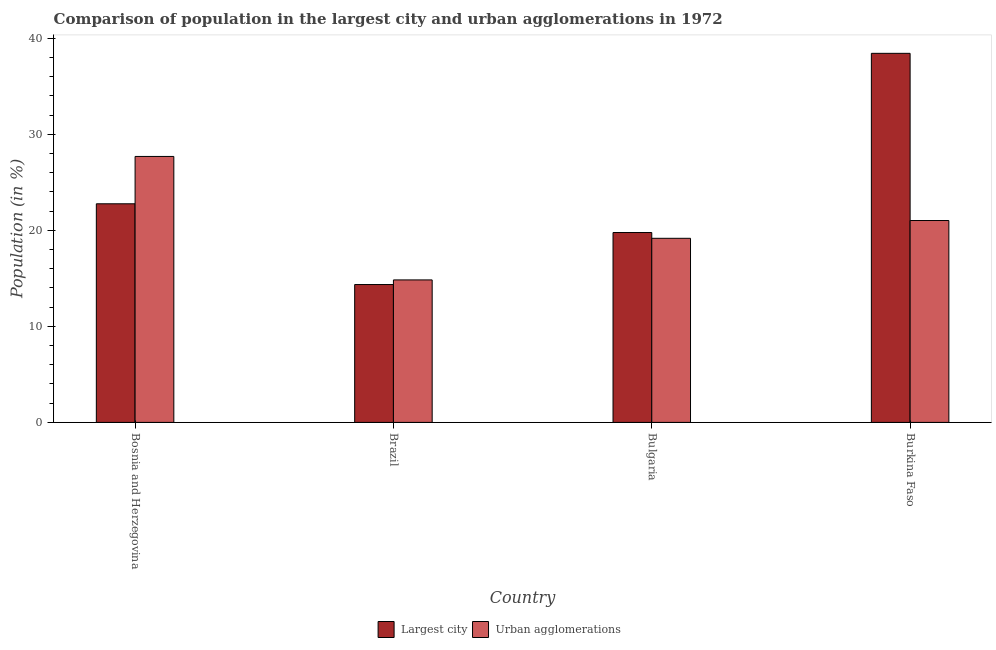
| Country | Largest city | Urban agglomerations |
 | --- | --- | --- |
 | Bosnia and Herzegovina | 22.8 | 27.7 |
 | Brazil | 14.4 | 14.8 |
 | Bulgaria | 19.8 | 19.2 |
 | Burkina Faso | 38.4 | 21 |